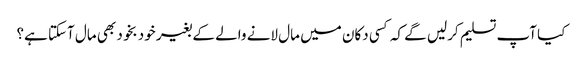
کیا آپ تسلیم کرلیں گے کہ کسی دکان میں مال لانے والے کے بغیر خود بخود بھی مال آسکتا ہے؟